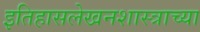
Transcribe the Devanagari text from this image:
इतिहासलेखनशास्त्राच्या